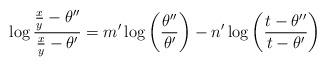
LaTeX: \begin{align*} \log \frac{\frac{x}{y}-\theta''}{\frac{x}{y}-\theta'}=m'\log\left(\frac{\theta''}{\theta'}\right) -n'\log\left(\frac{t-\theta''}{t-\theta'}\right)\end{align*}